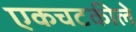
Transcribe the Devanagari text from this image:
एकचटकीले